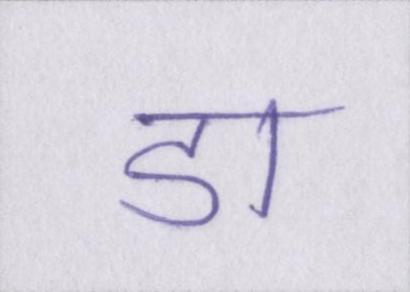
डा